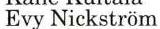
Evy Nickström